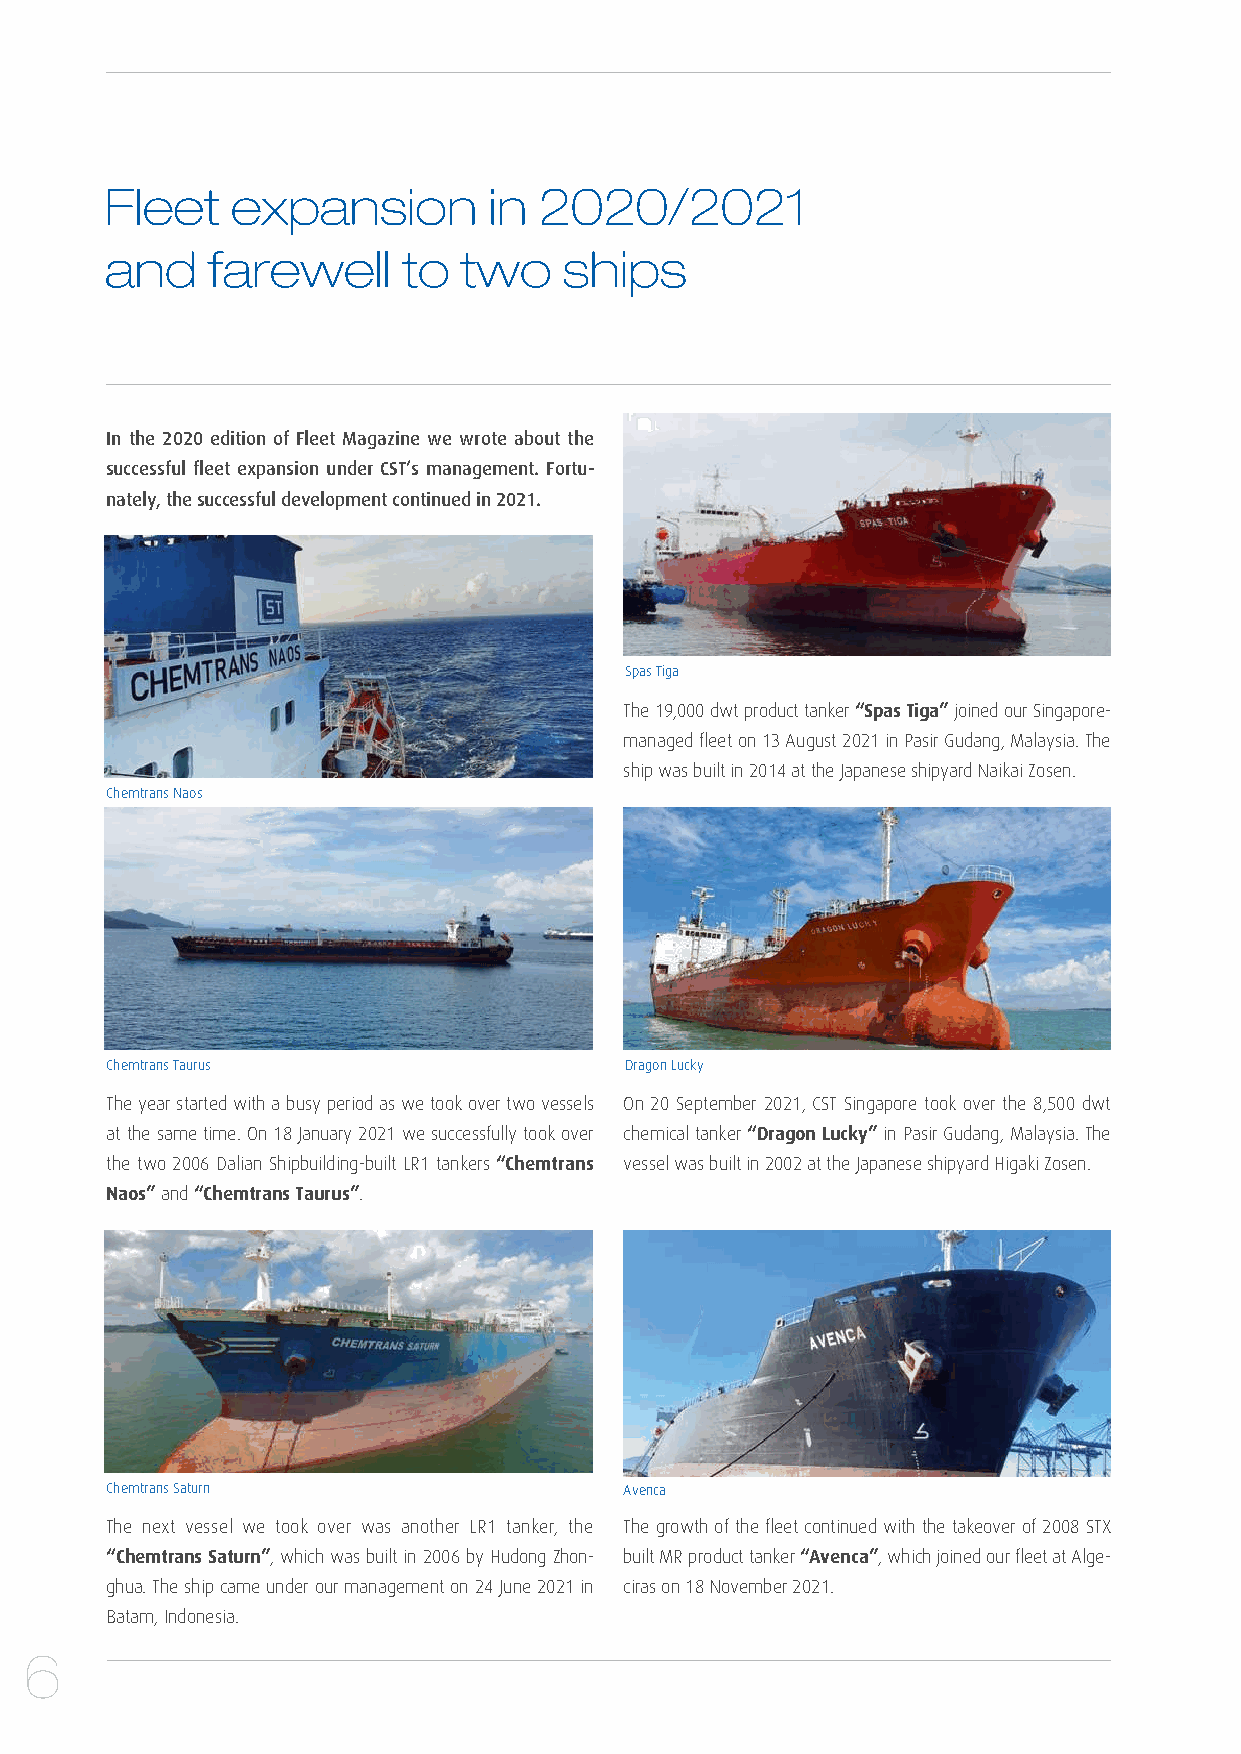
Fleet   expansion        in  2020/2021
 and    farewell     to two    ships
 In the 2020 edition of Fleet Magazine we wrote about the
 successful fleet expansion under CST’s management. Fortu-
 nately, the successful development continued in 2021.
 Spas Tiga
 The 19,000 dwt product tanker “Spas Tiga” joined our Singapore-
 managed fleet on 13 August 2021 in Pasir Gudang, Malaysia. The
 ship was built in 2014 at the Japanese shipyard Naikai Zosen.
 Chemtrans Naos
 Chemtrans Taurus                  Dragon Lucky
 The year started with a busy period as we took over two vessels On 20 September 2021, CST Singapore took over the 8,500 dwt
 at the same time. On 18 January 2021 we successfully took over chemical tanker “Dragon Lucky” in Pasir Gudang, Malaysia. The
 the two 2006 Dalian Shipbuilding-built LR1 tankers “Chemtrans vessel was built in 2002 at the Japanese shipyard Higaki Zosen.
 Naos” and “Chemtrans Taurus”.
 Chemtrans Saturn                  Avenca
 The next vessel we took over was another LR1 tanker, the The growth of the fleet continued with the takeover of 2008 STX
 “Chemtrans Saturn”, which was built in 2006 by Hudong Zhon- built MR product tanker “Avenca”, which joined our fleet at Alge-
 ghua. The ship came under our management on 24 June 2021 in ciras on 18 November 2021.
 Batam, Indonesia.
 6